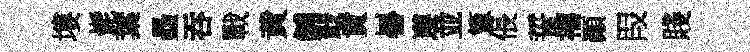
塿髭葉壘吞戰黄鋪戢賁晷遵並簞倀誓禧顚叚賤